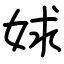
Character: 㛏